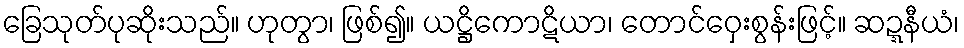
ခြေသုတ်ပုဆိုးသည်။ ဟုတွာ၊ ဖြစ်၍။ ယဋ္ဌိကောဋိယာ၊ တောင်ဝှေးစွန်းဖြင့်။ ဆဍ္ဍနီယံ၊